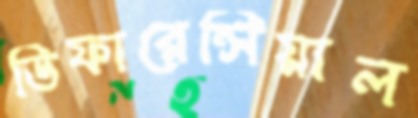
ডিফারেন্সিয়াল